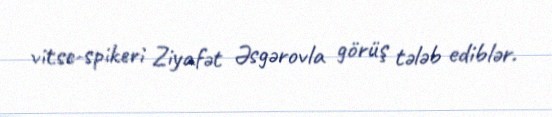
vitse-spikeri Ziyafət Əsgərovla görüş tələb ediblər.